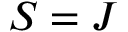
S = J